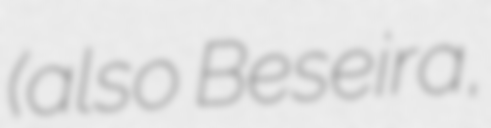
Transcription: (also Beseira,